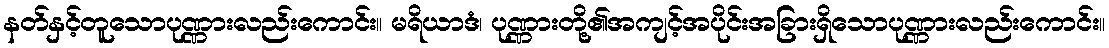
နတ်နှင့်တူသောပုဏ္ဏားလည်းကောင်း။ မရိယာဒံ၊ ပုဏ္ဏားတို့၏အကျင့်အပိုင်းအခြားရှိသောပုဏ္ဏားလည်းကောင်း။